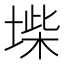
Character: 𡍥